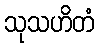
သုသဟိတံ